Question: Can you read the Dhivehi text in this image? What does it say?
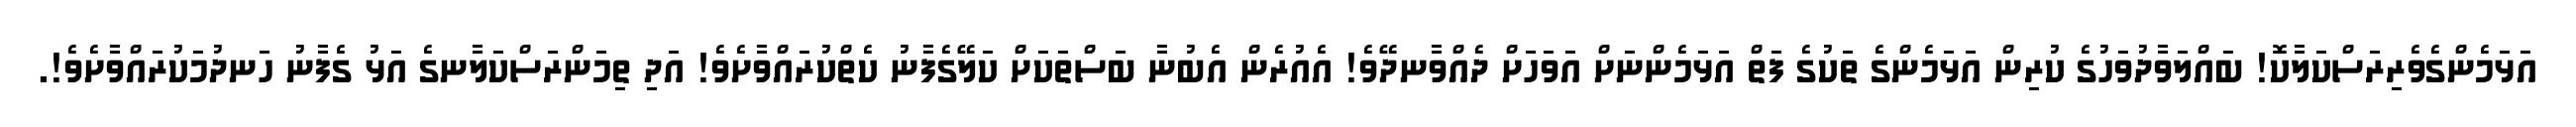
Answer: އަޅަމެންގެވެރިރަސްކަލާކޮ! ބައްލަވާދުވަހުގެ ކުރިން އަޅަމެންގެ ތަކުގެ ފަތް އަޅަމެންނަށް އަވަހަށް ދެއްވާނދޭވެ! އެއުރެން އެބުނާ ބަސްތަކަށް ކަލޭގެފާނު ކެތްކުރައްވާށެވެ! އަދި ތިމަންރަސްކަލާނގެ އަޅު ގެފާނު ހަނދުމަކުރައްވާށެވެ!.